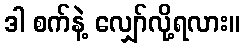
ဒါ စက်နဲ့ လျှော်လို့ရလား။